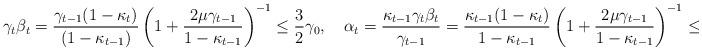
LaTeX: \begin{align*}\gamma_t\beta_t=\frac{\gamma_{t-1}(1-\kappa_t)}{(1-\kappa_{t-1})}\left(1+\frac{2\mu\gamma_{t-1}}{1-\kappa_{t-1}}\right)^{-1}\leq\frac{3}{2}\gamma_0,\quad\alpha_t=\frac{\kappa_{t-1}\gamma_t\beta_t}{\gamma_{t-1}}=\frac{\kappa_{t-1}(1-\kappa_{t})}{1-\kappa_{t-1}}\left(1+\frac{2\mu\gamma_{t-1}}{1-\kappa_{t-1}}\right)^{-1}\leq\frac{1}{2}. \end{align*}